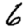
Digit: 6